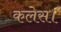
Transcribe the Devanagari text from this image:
कलेस।